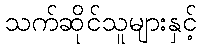
သက်ဆိုင်သူများနှင့်